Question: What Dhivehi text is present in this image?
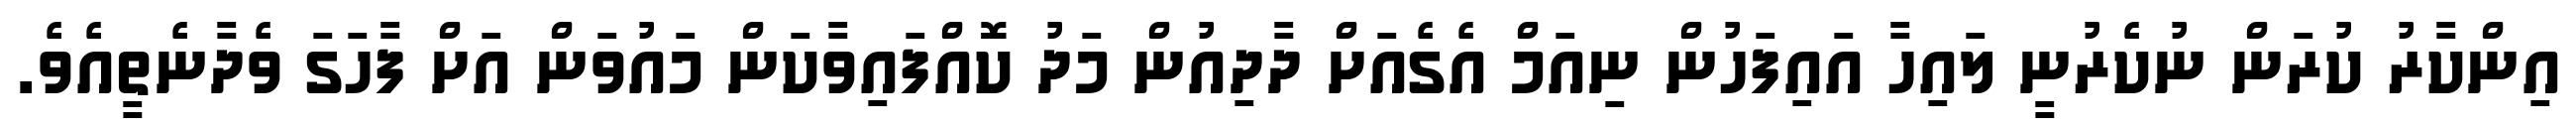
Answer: އިންކާރު ކުރަން ނުކެރުނީ ލައިހާ އައިފަހުން ނިއަމް އެގެއަށް ދާދިއުން މަދު ކޮއްފައިވާކަން މައުވަން އަށް ފާހަގަ ވެދާނެތީއެވެ.